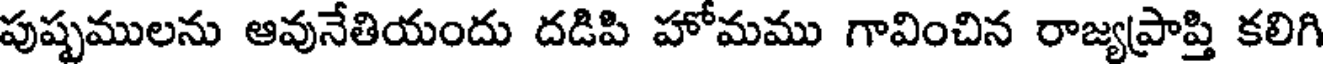
పుష్పములను ఆవునేతియందు దడిపి హోమము గావించిన రాజ్యప్రాప్తి కలిగి